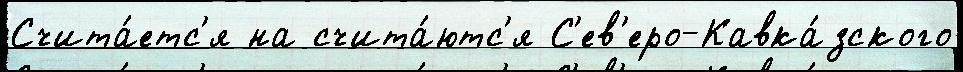
Счита́етс'я на счита́ютс'я С'ев'еро-Кавка́зского